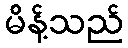
မိန့်သည်